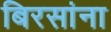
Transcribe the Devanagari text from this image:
बिरसांना